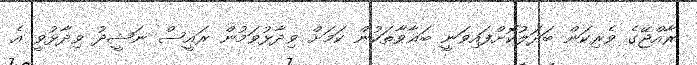
ރާއްޖޭގެ ވެރިކަން ބަދަލުކޮށްފައިވަނީ ބަޣާވާތަކުން ކަމަށް ވިދާޅުވަމުން ރައީސް ނަޝީދު ވިދާޅުވީ އެ